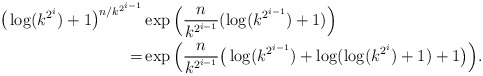
\begin{align*}\big(\log(k^{2^i})+1\big)^{n/k^{2^{i-1}}}&\exp\Big(\frac n{k^{2^{i-1}}}(\log(k^{2^{i-1}})+1)\Big)\\=&\exp\Big(\frac n{k^{2^{i-1}}}\big(\log(k^{2^{i-1}})+\log(\log(k^{2^i})+1)+1\big)\Big).\end{align*}